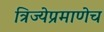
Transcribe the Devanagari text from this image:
त्रिज्येप्रमाणेच